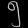
Digit: ၅